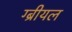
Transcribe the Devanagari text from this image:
ग्ब्रीयल